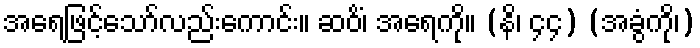
အရေဖြင့်သော်လည်းကောင်း။ ဆဝိံ၊ အရေကို။ (နိ၊ ၄၄) (အခွံကို၊)